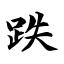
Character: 跌